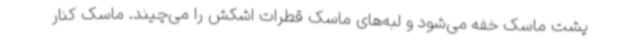
پشت ماسک خفه می‌شود و لبه‌های ماسک قطرات اشکش را می‌چیند. ماسک کنار